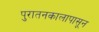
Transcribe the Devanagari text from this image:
पुरातनकालापासून